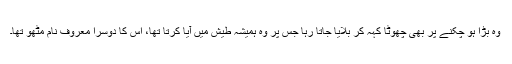
وہ بڑا ہو چکنے پر بھی چھوٹا کہہ کر بلایا جاتا رہا جس پر وہ ہمیشہ طیش میں آیا کرتا تھا، اس کا دوسرا معروف نام مٹھو تھا۔